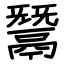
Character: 鬵